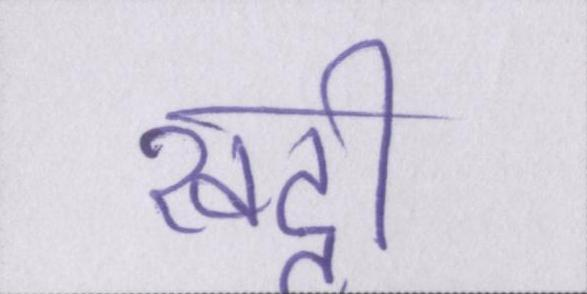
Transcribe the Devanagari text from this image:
खट्टी